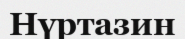
Нүртазин